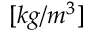
[ k g / m ^ { 3 } ]